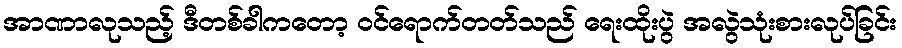
အာဏာလုသည့် ဒီတစ်ခါကတော့ ဝင်ရောက်တတ်သည် ရေးထိုးပွဲ အလွဲသုံးစားလုပ်ခြင်း